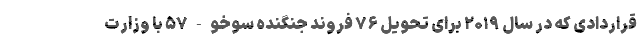
قراردادی که در سال ۲۰۱۹ برای تحویل ۷۶ فروند جنگنده سوخو-۵۷ با وزارت